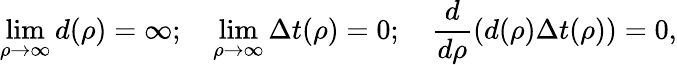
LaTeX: \operatorname*{lim}_{\rho\to\infty}d(\rho)=\infty;\quad\operatorname*{lim}_{\rho\to\infty}\Delta t(\rho)=0;\quad\frac{d}{d\rho}(d(\rho)\Delta t(\rho))=0,